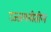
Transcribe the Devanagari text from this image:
उज्जयनीतील